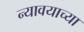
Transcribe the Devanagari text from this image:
न्यावयाच्या